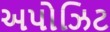
અપોઝિટ